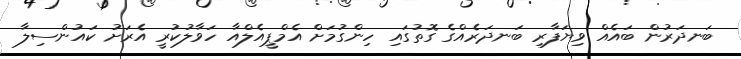
ބަނދަރުން ބައެއް ވިޔަފާރި ބަނދަރެއްގެ ގޮތުގައި ހިންގުމަށް އެމްޕީއެލްއާ ހަވާލުކުރީ އެރަށު ކައުންސިލާ